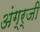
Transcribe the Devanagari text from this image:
अंग्र्जी